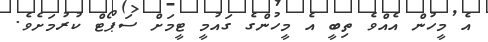
އެ މީހުން އެއްވެ ތިބީ އެ މީހުންގެ ގައުމީ ޓީމަށް ސަޕޯޓް ކުރުމަށެވެ.